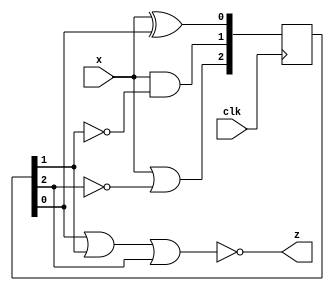
module top_module (
    input clk,
    input x,
    output z
); 
    wire [2:0] Q;
    //wire w1=0,w2=0,w3=0;
    always@(posedge clk)begin
        Q[0] <= x^Q[0];
        Q[1] <= x&~Q[1];
        Q[2] <= x|~Q[2];
    end
    assign z = ~(Q[0]|Q[1]|Q[2]);
endmodule